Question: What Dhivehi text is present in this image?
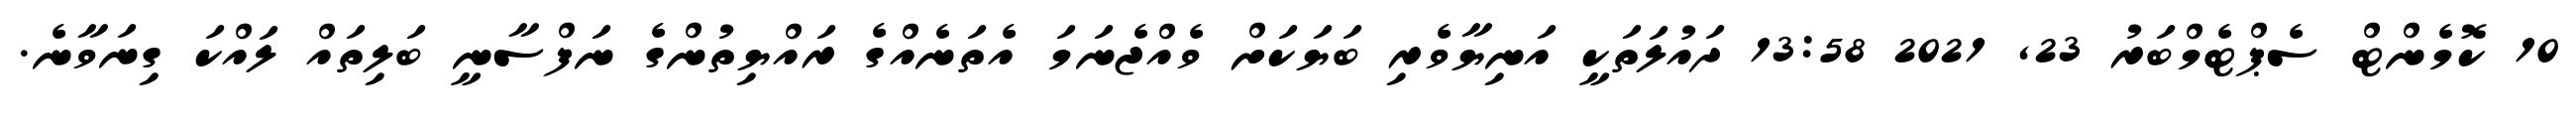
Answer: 10 ކޮމެންޓް ސެޕްޓެމްބަރު 23, 2021 13:58 ދައުލަތަކީ އަނިޔާވެރި ބަޔަކަށް ވެއްޖެނަމަ އެތަނެއްގެ ރައްޔިތުންގެ ނަފްސާނީ ބަލިތައް ލައްކަ ގިނަވާނެ.